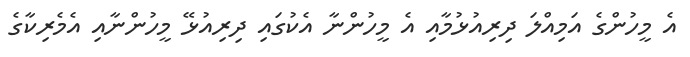
އެ މީހުންގެ އަމިއްލަ ދިރިއުޅުމާއި އެ މީހުންނާ އެކުގައި ދިރިއުޅޭ މީހުންނާއި އެމެރިކާގެ